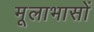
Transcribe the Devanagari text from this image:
मूलाभासों